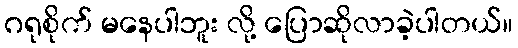
ဂရုစိုက် မနေပါဘူး လို့ ပြောဆိုလာခဲ့ပါတယ်။